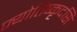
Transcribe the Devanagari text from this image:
ज्योतिष्कृदसि